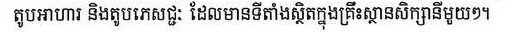
តូបអាហារ និងតូបភេសជ្ជៈ ដែលមានទីតាំងស្ថិតក្នុងគ្រឹះស្ថានសិក្សានីមួយៗ។